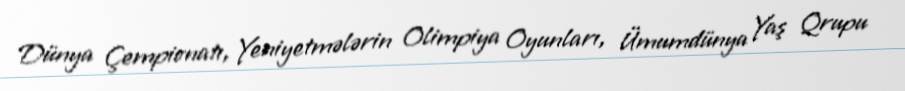
Dünya Çempionatı, Yeniyetmələrin Olimpiya Oyunları, Ümumdünya Yaş Qrupu